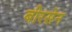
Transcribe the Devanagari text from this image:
बीरसेन